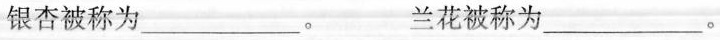
银杏被称为___。 兰花被称为___。